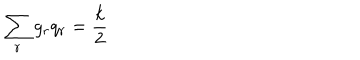
\sum _ { r } g _ { r } q _ { r } = \frac { k } { 2 }